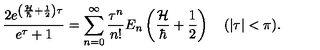
{ \frac { 2 e ^ { \left( { \frac { \cal H } { \hbar } } + { \frac { 1 } { 2 } } \right) \tau } } { e ^ { \tau } + 1 } } = \sum _ { n = 0 } ^ { \infty } { \frac { \tau ^ { n } } { n ! } } E _ { n } \left( { \frac { \cal H } { \hbar } } + { \frac { 1 } { 2 } } \right) \quad ( | \tau | < \pi ) .